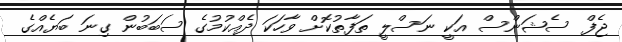
ޖެފް ސެޝަންސް އަކީ ނަސްލީ ތަފާތުކޮށް ވާހަކަ ދެއްކުމުގެ ސަބަބުން ގިނަ ބަޔެއްގެ